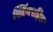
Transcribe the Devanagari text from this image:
स्प्रिंगरहित